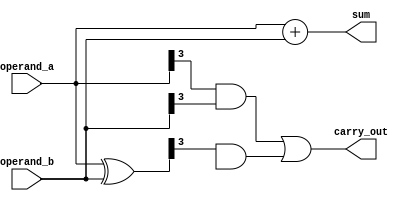
module carry_skip_adder (
    input [3:0] operand_a,
    input [3:0] operand_b,
    output [3:0] sum,
    output carry_out
);

wire [3:0] p, g;
wire [1:0] c_in;
wire [3:0] c_out;

assign p = operand_a ^ operand_b;
assign g = operand_a & operand_b;

assign c_in[0] = operand_a[0] & operand_b[0];
assign c_in[1] = (operand_a[1] & operand_b[1]) | (p[0] & c_in[0]);
assign c_in[2] = (operand_a[2] & operand_b[2]) | (p[1] & c_in[1]) | (g[1] & c_in[0]);
assign c_in[3] = (operand_a[3] & operand_b[3]) | (p[2] & c_in[2]) | (g[2] & c_in[1]) | (g[2] & c_in[0]);

assign c_out[0] = g[0] | (p[0] & c_in[0]);
assign c_out[1] = g[1] | (p[1] & c_in[1]);
assign c_out[2] = g[2] | (p[2] & c_in[2]);
assign c_out[3] = operand_a[3] & operand_b[3] | (p[3] & c_in[3]);

assign sum = operand_a + operand_b;

assign carry_out = c_out[3];

endmodule